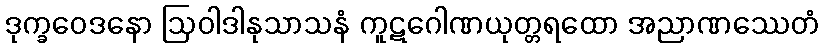
ဒုက္ခဝေဒနော ဩဝါဒါနုသာသနံ ကူဋဂေါဏယုတ္တရထော အညာဏဿေတံ